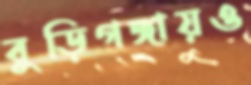
বুড়িগঙ্গায়ও